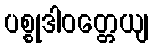
ပစ္စုဒါဝတ္တေယျ